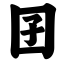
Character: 囝